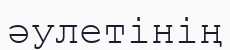
әулетінің